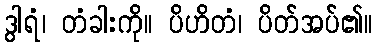
ဒွါရံ၊ တံခါးကို။ ပိဟိတံ၊ ပိတ်အပ်၏။